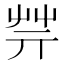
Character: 𦬟